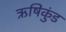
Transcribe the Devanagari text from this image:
ऋषिकुंड